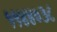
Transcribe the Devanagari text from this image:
११४४०३८